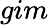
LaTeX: gim